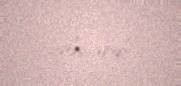
alınardı.